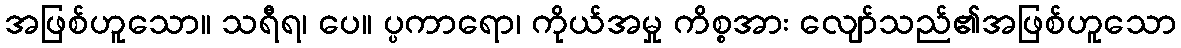
အဖြစ်ဟူသော။ သရီရ၊ ပေ။ ပ္ပကာရော၊ ကိုယ်အမှု ကိစ္စအား လျော်သည်၏အဖြစ်ဟူသော